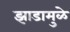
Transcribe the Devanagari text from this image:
झाडामुळे